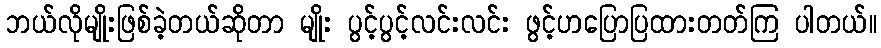
ဘယ်လိုမျိုးဖြစ်ခဲ့တယ်ဆိုတာ မျိုး ပွင့်ပွင့်လင်းလင်း ဖွင့်ဟပြောပြထားတတ်ကြ ပါတယ်။